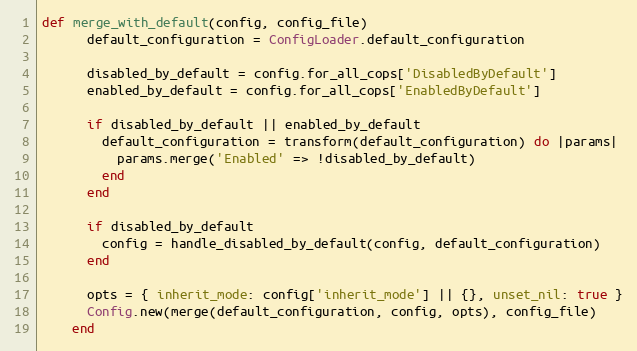
Language: Ruby
def merge_with_default(config, config_file)
      default_configuration = ConfigLoader.default_configuration

      disabled_by_default = config.for_all_cops['DisabledByDefault']
      enabled_by_default = config.for_all_cops['EnabledByDefault']

      if disabled_by_default || enabled_by_default
        default_configuration = transform(default_configuration) do |params|
          params.merge('Enabled' => !disabled_by_default)
        end
      end

      if disabled_by_default
        config = handle_disabled_by_default(config, default_configuration)
      end

      opts = { inherit_mode: config['inherit_mode'] || {}, unset_nil: true }
      Config.new(merge(default_configuration, config, opts), config_file)
    end